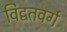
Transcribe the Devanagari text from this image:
विद्वतवर्ग